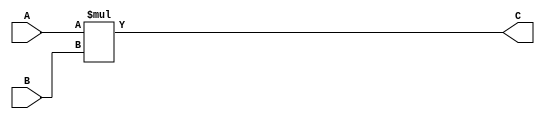
module Unsigned_Multiplier (
    input [7:0] A,
    input [7:0] B,
    output reg [15:0] C
);

reg [15:0] product;

always @(*) begin
    product = A * B;
end

assign C = product;

endmodule